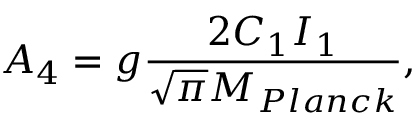
{ \cal A } _ { 4 } = g \frac { 2 C _ { 1 } I _ { 1 } } { \sqrt { \pi } M _ { P l a n c k } } ,